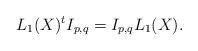
LaTeX: \begin{align*}L_1(X)^t I_{p,q} = I_{p,q} L_1(X).\end{align*}